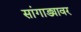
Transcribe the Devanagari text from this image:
सांगाड्यावर